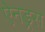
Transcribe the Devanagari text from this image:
ऐनड्रस